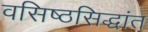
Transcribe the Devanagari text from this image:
वसिष्ठसिद्धांत